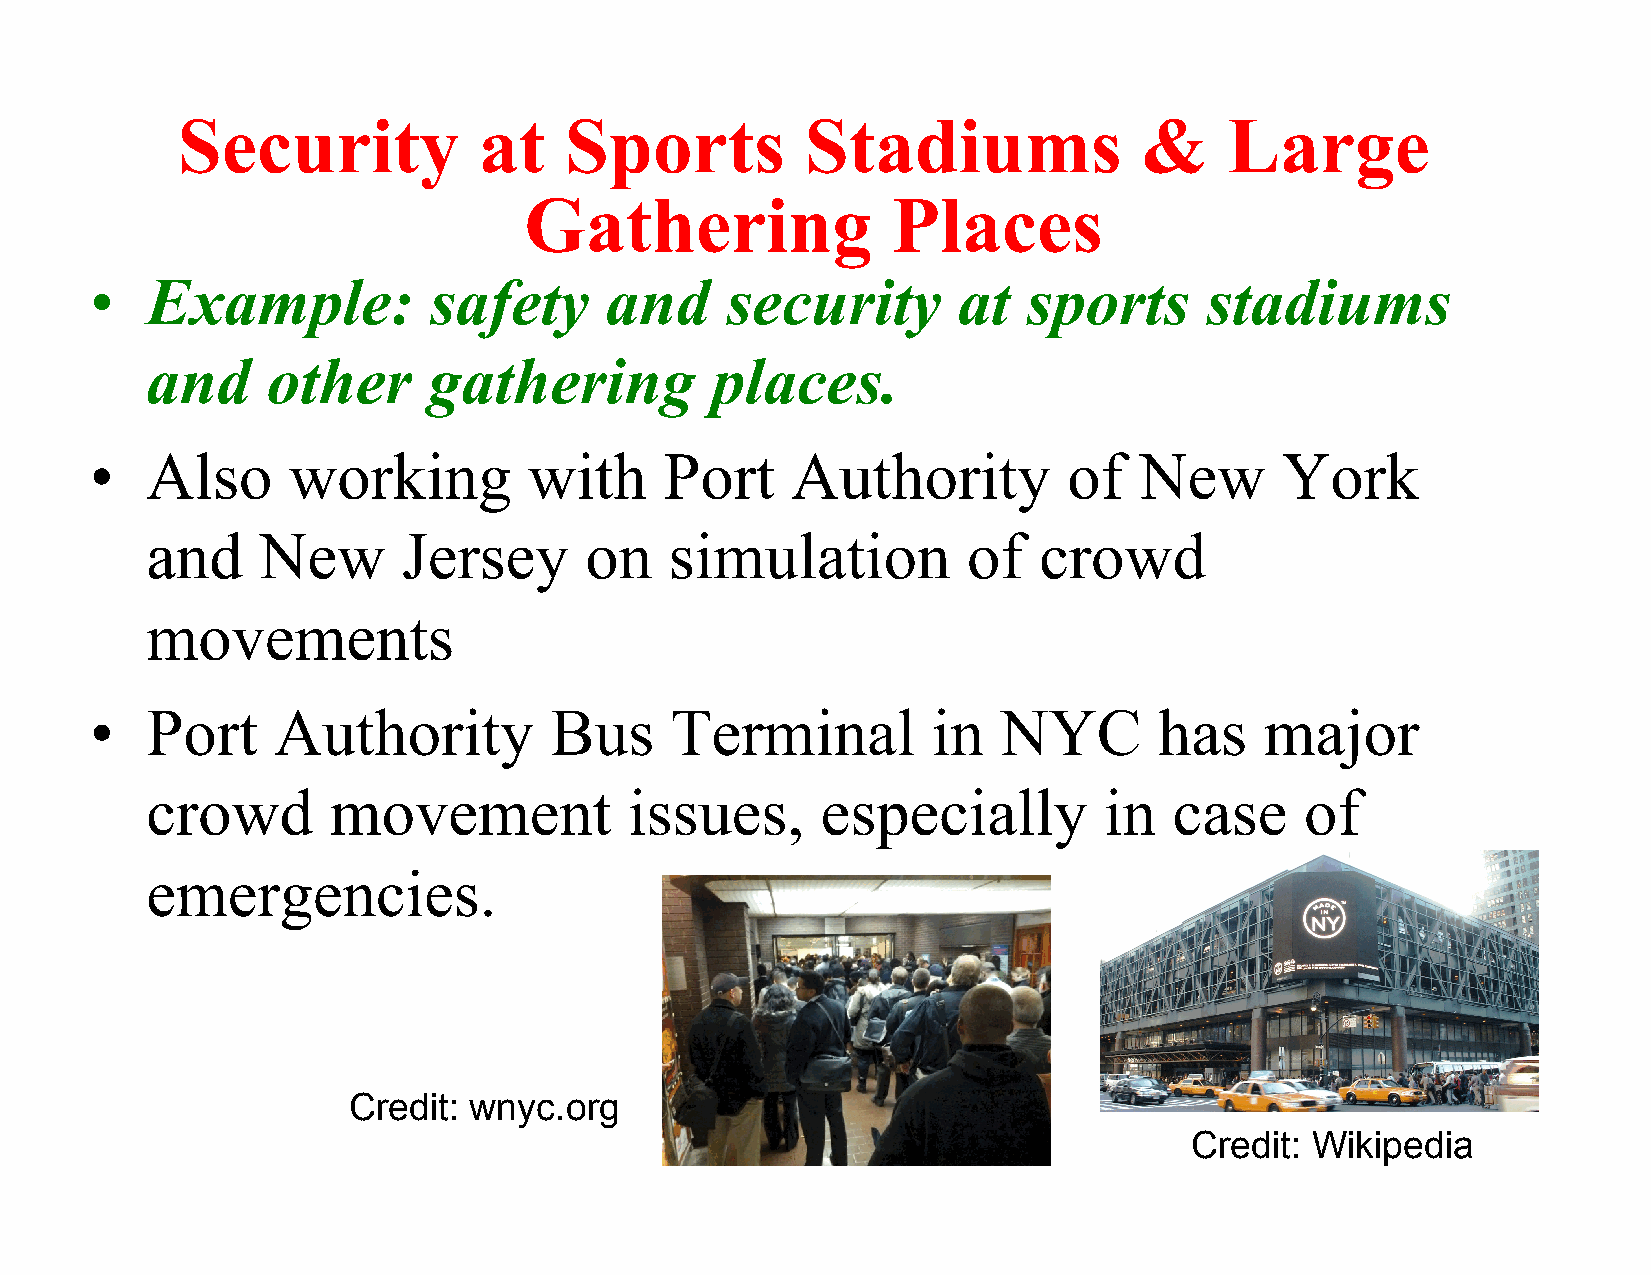
Security            at   Sports          Stadiums               &    Large
 Gathering               Places
 •   Example:          safety      and     security       at   sports      stadiums
 and     other     gathering          places.
 •   Also     working         with     Port    Authority          of  New       York
 and    New       Jersey      on   simulation          of   crowd
 movements
 •   Port    Authority         Bus     Terminal          in  NYC        has    major
 crowd       movement            issues,     especially         in   case    of
 emergencies.
 Credit: wnyc.org
 Credit: Wikipedia